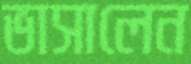
ভাসালেন